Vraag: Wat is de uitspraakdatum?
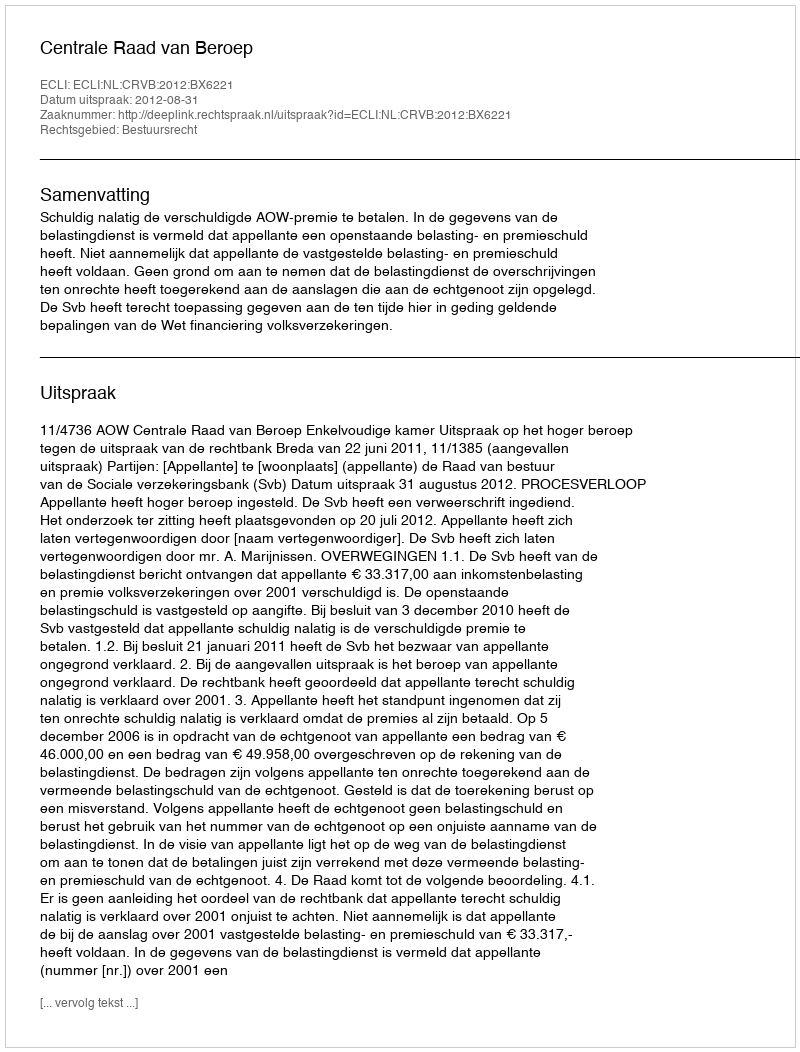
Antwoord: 2012-08-31